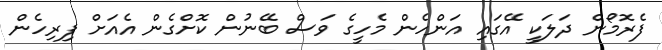
ފެރޮމޯން ދަލަކީ އޭގައި އަންހެން މެހީގެ ވަސް ބޭނުން ކޮށްގެން އެއަށް ފިރިހެން